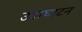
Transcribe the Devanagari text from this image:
उदाघाटन